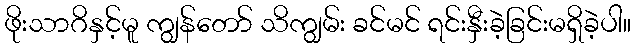
ဖိုးသာဂိနှင့်မူ ကျွန်တော် သိကျွမ်း ခင်မင် ရင်းနှီးခဲ့ခြင်းမရှိခဲ့ပါ။